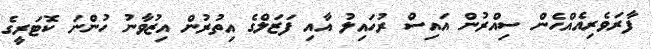
ފާރަވެރިއެއްހެން ސިއްރުން އައިސް ރުހައިލު އާއި ފަޒަލްގެ އިތުރުން އިޒުވާނު ހުންނަ ކޮޓަރީގެ